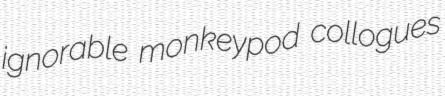
ignorable monkeypod collogues